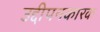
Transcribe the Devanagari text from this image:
उद्दीपनकारक